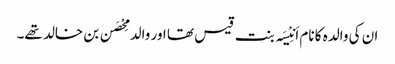
ان کی والدہ کا نام اَنِیْسَہ بنت قیس تھا اور والد مِحْصَن بن خالد تھے۔